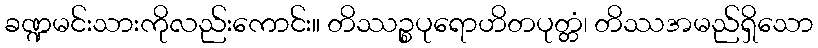
ခဏ္ဍမင်းသားကိုလည်းကောင်း။ တိဿဉ္စပုရောဟိတပုတ္တံ၊ တိဿအမည်ရှိသော